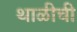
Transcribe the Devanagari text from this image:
थाळीची